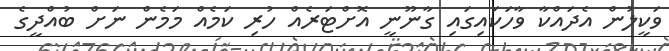
ވަކީލުން އެދައްކާ ވާހަކައިގައި ގާނޫނީ އޮށްޓަރެއްް ހުރި ކަމެއް މަމެން ނަށް ބުއްދީގެ